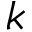
k